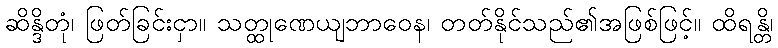
ဆိန္ဒိတုံ၊ ဖြတ်ခြင်းငှာ။ သတ္ထုဏေယျဘာဝေန၊ တတ်နိုင်သည်၏အဖြစ်ဖြင့်။ ထိရန္တိ၊